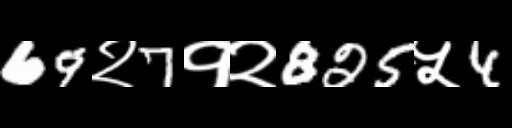
Text: 69२7१२825५4